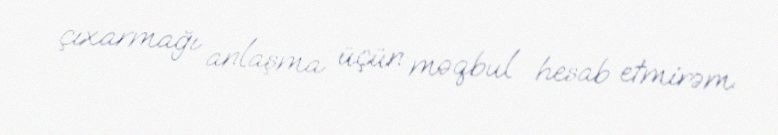
çıxarmağı anlaşma üçün məqbul hesab etmirəm.